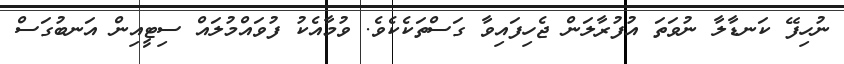
ނުހިފޭ ކަނޑާލާ ނުވަތަ އުފުރާލަން ޖެހިފައިވާ ގަސްތަކެކެވެ. ވުމާއެކު ފުވައްމުލައް ސިޓީއިން އަނބުގަސް